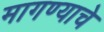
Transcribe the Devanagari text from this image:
मागण्याचे